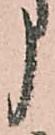
う